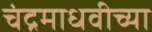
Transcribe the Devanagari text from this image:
चंद्रमाधवीच्या